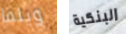
ويلما البنكية